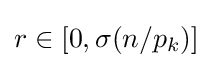
r\in [0,\sigma (n/p_{k})]